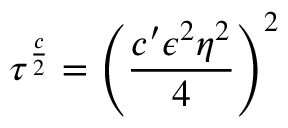
\tau ^ { \frac { c } { 2 } } = \left( \frac { c ^ { \prime } \epsilon ^ { 2 } \eta ^ { 2 } } { 4 } \right) ^ { 2 }